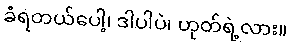
ခံရတယ်ပေါ့၊ ဒါပါပဲ၊ ဟုတ်ရဲ့လား။